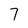
Character: 7